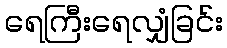
ရေကြီးရေလျှံခြင်း